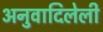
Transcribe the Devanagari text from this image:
अनुवादिलेली